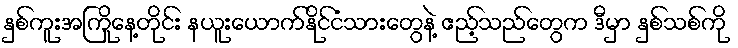
နှစ်ကူးအကြိုနေ့တိုင်း နယူးယောက်နိုင်ငံသားတွေနဲ့ ဧည့်သည်တွေက ဒီမှာ နှစ်သစ်ကို